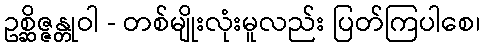
ဥစ္ဆိဇ္ဇန္တုဝါ - တစ်မျိုးလုံးမူလည်း ပြတ်ကြပါစေ၊